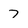
Character: 7